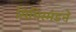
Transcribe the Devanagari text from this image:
सिगिस्मंडने